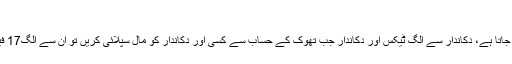
‘
انہوں نے تفصیل بتاتے ہوئے کہا: ’کارخانے دار سے الگ ٹیکس لیا جاتا ہے، دکاندار سے الگ ٹیکس اور دکاندار جب تھوک کے حساب سے کسی اور دکاندار کو مال سپلائی کریں تو ان سے الگ17 فیصد ٹیکس لیا جاتا ہے جو تاجروں کے معاشی قتل کے مترادف ہے۔